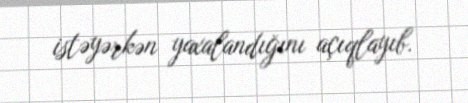
istəyərkən yaxalandığını açıqlayıb.